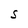
Character: S